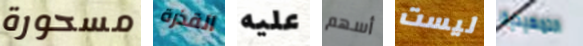
مسحورة القذرة عليه أسهم ليست التمهيدية